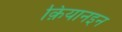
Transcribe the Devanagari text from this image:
क़ियानइन